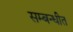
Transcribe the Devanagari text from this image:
सम्बन्धीत